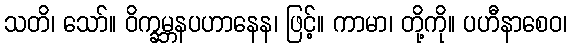
သတိ၊ သော်။ ဝိက္ခမ္ဘနပဟာနေန၊ ဖြင့်။ ကာမာ၊ တို့ကို။ ပဟီနာစေဝ၊